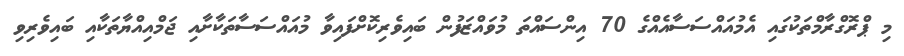
މި ޕްރޮގްރާމްތަކުގައި އެމުއައްސަސާއެއްގެ 70 އިންސައްތަ މުވައްޒަފުން ބައިވެރިކޮށްފައިވާ މުއައްސަސާތަކާށާއި ޖަމްއިއްޔާތަކާއި ބައިވެރިވި